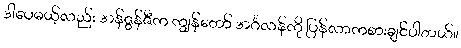
ဒါပေမယ့်လည်း အန်ဇွန်ဇီက ကျွန်တော် အင်္ဂလန်ကို ပြန်လာကစားချင်ပါတယ်။